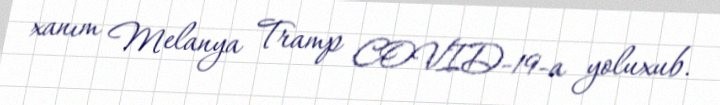
xanım Melanya Tramp COVID-19-a yoluxub.